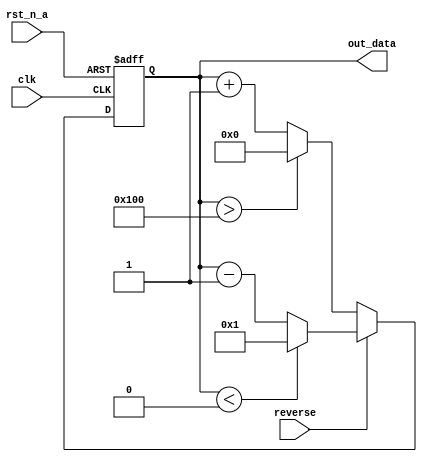

/*
Contador simple que cuenta hasta un valor mximo y luego vuelve a cero.

Parmetros:
    C_MAX: Valor mximo al que cuenta el contador. Por defecto, 256.

Entradas:
    clk: Reloj del sistema.
    rst_n_a: Reset asncrono activo bajo.
    reverse: Bandera que indica si el contador cuenta hacia atrs.

Salidas:
    out_data: Contador.
*/
module counter #(parameter C_MAX = 256) (
    input clk, rst_n_a,
    input reverse,
    output reg [$clog2(C_MAX) - 1:0] out_data
);

    // Funcin de conteo sensible al flanco de subida del reloj
    // y al reset asncrono
    always @(posedge clk or negedge rst_n_a) begin
        // Si el reset est activo, el contador se pone a cero
        if (!rst_n_a)
            out_data <= 0;
        else begin
            // Si la bandera de conteo hacia atrs est activa, se decrementa
            // el contador
            if (reverse) begin
                // Si el contador llega a cero, se asigna el valor mximo
                if (out_data < 0)
                    out_data <= 32'b1;
                // En caso contrario, se decrementa en uno
                else
                    out_data <= out_data - 1;
            end
            else begin
                // Si el contador llega al valor mximo, se pone a cero
                if (out_data > C_MAX)
                    out_data <= 0;
                // En caso contrario, se incrementa en uno
                else
                    out_data <= out_data + 1;
            end
        end
    end

endmodule